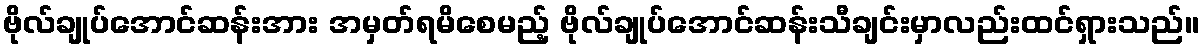
ဗိုလ်ချုပ်အောင်ဆန်းအား အမှတ်ရမိစေမည့် ဗိုလ်ချုပ်အောင်ဆန်းသီချင်းမှာလည်းထင်ရှားသည်။